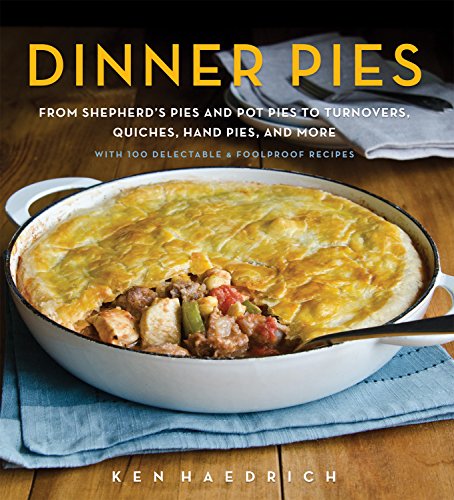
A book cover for Dinner Pies: From ShepherdEEs Pies and Pot Pies to Tarts, Turnovers, Quiches, Hand Pies, and More, with 100 Delectable and Foolproof Recipes; Ken Haedrich; Cookbooks, Food & Wine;